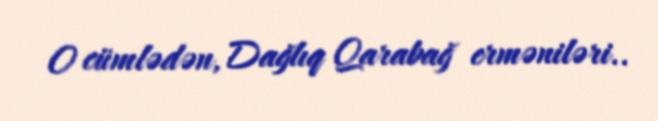
O cümlədən, Dağlıq Qarabağ erməniləri..